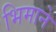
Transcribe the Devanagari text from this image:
भिमाने